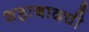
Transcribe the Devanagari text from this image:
शहाबादची